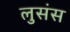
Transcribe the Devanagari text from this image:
लुसंस